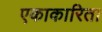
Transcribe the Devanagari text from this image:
एकाकारिता